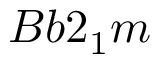
B b \mathrm { 2 } _ { 1 } m